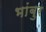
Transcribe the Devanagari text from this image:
भांबुर